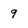
Character: 9